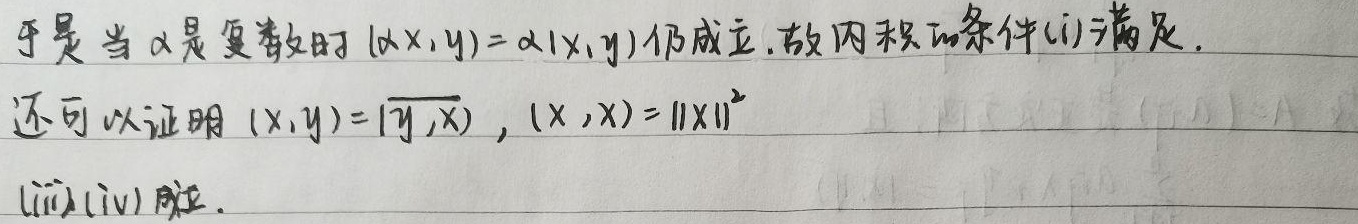
于是当 $\alpha$ 是复数时 $(\alpha x,y)=\alpha(x,y)$ 仍成立。故内积的条件 (i) 满足。还可以证明 $(x,y)=\overline{(y,x)}$, $(x,x)=\|x\|^{2}$（ii）（iv）略。